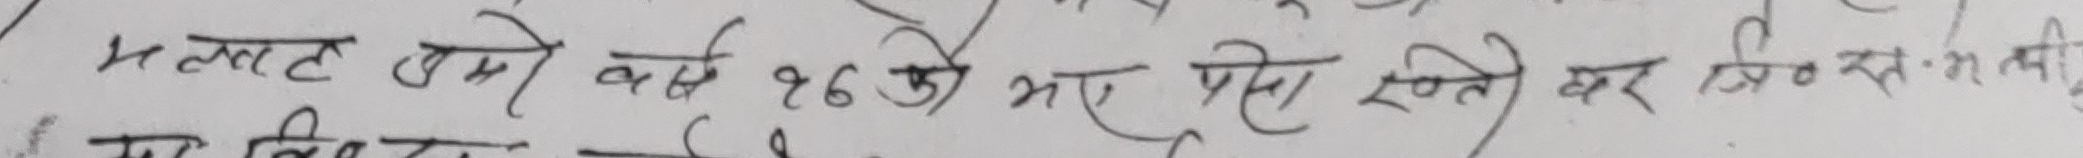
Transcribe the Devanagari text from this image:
मल्लट उम्मै वर्ष १६ को भए पनि रुते घर जि.स.मं की